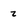
Character: z